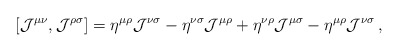
\begin{align*}[{\cal J}^{\mu \nu} , {\cal J}^{\rho \sigma}] = \eta^{\mu \rho} {\cal J}^{\nu \sigma} - \eta^{\nu \sigma} {\cal J}^{\mu \rho} + \eta^{\nu \rho} {\cal J}^{\mu \sigma} - \eta^{\mu \rho} {\cal J}^{\nu \sigma} \,, \end{align*}